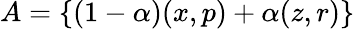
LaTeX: A=\{ (1-\alpha)(x,p)+\alpha(z,r)\}